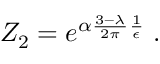
Z _ { 2 } = e ^ { \alpha \frac { 3 - \lambda } { 2 \pi } \frac { 1 } { \epsilon } } \; .